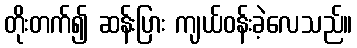
တိုးတက်၍ ဆန်းပြား ကျယ်ဝန်းခဲ့လေသည်။